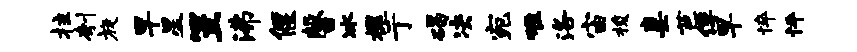
拄刳旋早星笠沸偃馨冰槐亍碣决宛唯洛宙梭妻芭俘早悴怦